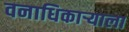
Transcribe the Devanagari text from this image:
वनाधिकार्‍याला